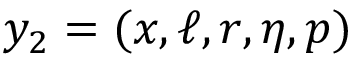
y _ { 2 } = ( x , \ell , r , \eta , p )